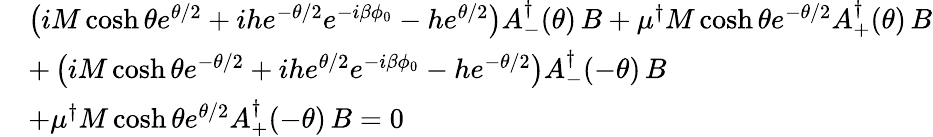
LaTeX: \begin{array}{ll}{{}}&{{\left(iM\cosh\theta e^{\theta/2}+ihe^{-\theta/2}e^{-i\beta\phi_{0}}-he^{\theta/2}\right)A_{-}^{\dagger}(\theta)\, B+\mu^{\dagger}M\cosh\theta e^{-\theta/2}A_{+}^{\dagger}(\theta)\, B}}\\ {{}}&{{+\left(iM\cosh\theta e^{-\theta/2}+ihe^{\theta/2}e^{-i\beta\phi_{0}}-he^{-\theta/2}\right)A_{-}^{\dagger}(-\theta)\, B}}\\ {{}}&{{+\mu^{\dagger}M\cosh\theta e^{\theta/2}A_{+}^{\dagger}(-\theta)\, B=0}}\end{array}